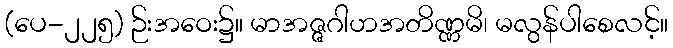
(ပေ-၂၂၅) ဉ်းအဝေး၌။ မာအဇ္ဇဂါဟအတိဏ္ဏမိ၊ မလွန်ပါစေလင့်။